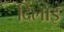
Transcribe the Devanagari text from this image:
दिलाइ